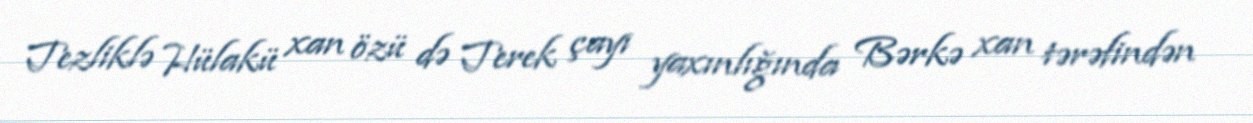
Tezliklə Hülakü xan özü də Terek çayı yaxınlığında Bərkə xan tərəfindən